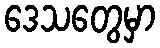
ဒေသတွေမှာ